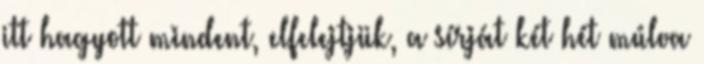
itt hagyott mindent, elfelejtjük, a sírját két hét múlva